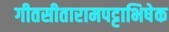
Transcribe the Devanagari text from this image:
गीतसीतारामपट्टाभिषेक